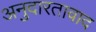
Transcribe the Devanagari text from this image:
अनुदारतावाद